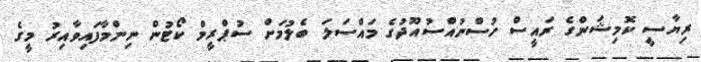
ރިޔާސީ ކޮމިޝަންގެ ރައީސް ހުސްނުއްސުއޫދުގެ މައްސަލަ ބެލުމަށް ސުޕްރީމް ކޯޓުން ނިންމާފައިވާއިރު މީގެ